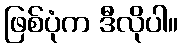
ဖြစ်ပုံက ဒီလိုပါ။